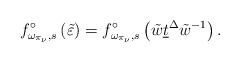
\begin{align*}f_{\omega_{\pi_\nu},s}^\circ\left(\tilde{\varepsilon} \right)=f_{\omega_{\pi_\nu},s}^\circ \left(\tilde{w}\underline{t}^\Delta\tilde{w}^{-1}\right).\end{align*}